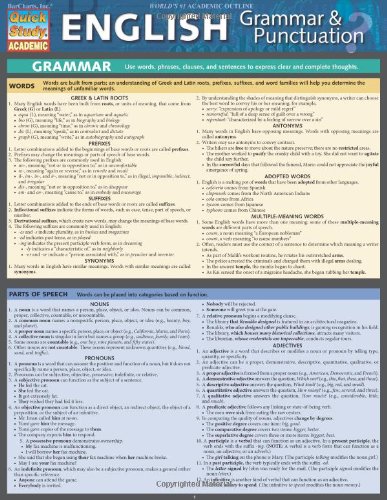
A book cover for English Grammar & Punctuation (Quick Study Academic); Inc. BarCharts; Reference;